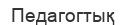
Педагогтық